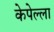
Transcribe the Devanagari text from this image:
केपेल्ला